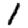
Digit: 1